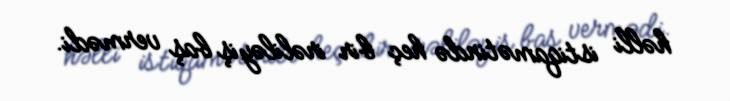
həlli istiqamətində heç bir irəliləyiş baş vermədi.